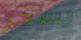
يسخر